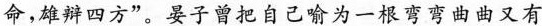
命，雄辩四方”。晏子曾把自己喻为一根弯由又有